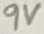
Text: 9V